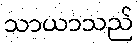
သာယာသည်